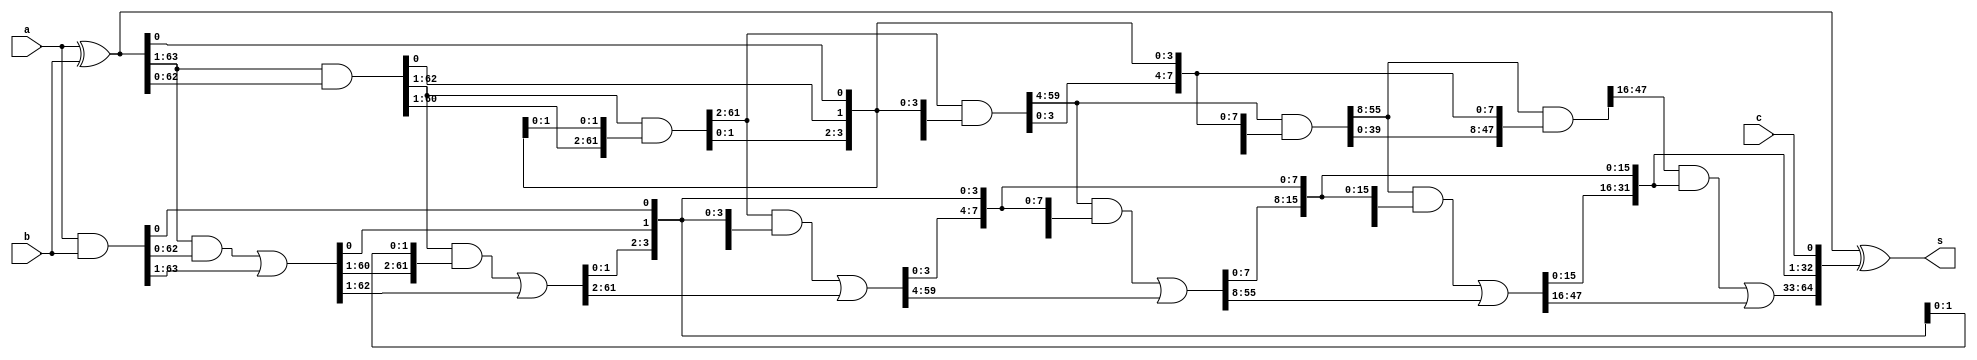

module KSA (s, a, b, c);
  // BITS specifies how many bits should be in the adder
  parameter BITS = 64;
  // LEVELS shows how many levels are there in the adder.
  // *IMPORTANT*:
  // !!!    LEVELS = floor(log2(BITS))   !!!
  parameter LEVELS = 6;

  // IO's
  input [BITS-1:0]  a;
  input [BITS-1:0]  b;
  input             c;      // Carry in => set to 0 at input

  output [BITS:0]   s;      // Sum output

  // PG wires:
  wire [BITS-1:0]   Plvl[LEVELS:0], Glvl[LEVELS:0];

  // level 0 - Create PG-generators (red):
  assign Plvl[0][BITS-1:0] = a^b;
  assign Glvl[0][BITS-1:0] = a&b;

  // level 1 - END:
  genvar lvl;
  generate
    for (lvl = 1; lvl <= LEVELS; lvl = lvl + 1) begin :gen_KSA
      // Create buffers (green)
      assign Plvl[lvl][2**(lvl-1)-1:0] = Plvl[lvl-1][2**(lvl-1)-1:0];
      assign Glvl[lvl][2**(lvl-1)-1:0] = Glvl[lvl-1][2**(lvl-1)-1:0];
      // Create PG calculators (yellow)
      assign Plvl[lvl][BITS-1:2**(lvl-1)] = Plvl[lvl-1][BITS-1:2**(lvl-1)] & Plvl[lvl-1][BITS-1 - 2**(lvl-1):0];
      assign Glvl[lvl][BITS-1:2**(lvl-1)] = (Plvl[lvl-1][BITS-1:2**(lvl-1)] & Glvl[lvl-1][BITS-1 - 2**(lvl-1):0]) | Glvl[lvl-1][BITS-1:2**(lvl-1)];
    end
  endgenerate
  // At this point all the carries are stored in the Glvl[LEVELS][BITS-1:0]

  // Calculate sum by shifting the carries left by 1 bit:
  assign s = {1'b0, Plvl[0]}^{Glvl[LEVELS], c};
endmodule


module KSA_pipe(s, a, b, c, clk);
	parameter BITS = 64;
	parameter LEVELS = 6;

	// IO's
	input [BITS-1:0]	a;
	input [BITS-1:0]	b;
	input				c;

	input clk;

	output [BITS:0]		s;

	// Wires:
	wire [BITS-1:0]		aIn;
	wire [BITS-1:0]		bIn;
	wire				cIn;

	wire [BITS:0]		sOut;



	// Input Buffers:
	REGS #(.BITS(BITS)) inputBUF_A (aIn, a, clk);
	REGS #(.BITS(BITS)) inputBUF_B (bIn, b, clk);
	REG 				inputBUF_C (cIn, c, clk);

	// Adder:
	KSA #(.BITS(BITS), .LEVELS(LEVELS))adder4 (sOut, aIn, bIn, cIn);

	// Output Buffers:
	REGS #(.BITS(BITS+1)) outputBUF_S (s, sOut, clk);

endmodule

module REGS (Q, D, clk);
	parameter BITS = 64;
	input [BITS-1:0]	D;
	input				clk;
	output [BITS-1:0]	Q;

	genvar i;
	generate
		for (i = 0; i < BITS; i = i + 1) begin : reg_gen
			REG RR (Q[i], D[i], clk);
		end

	endgenerate

endmodule

module REG (Q, D, clk);
	input		D;
	input 		clk;
	output reg 	Q;

	always @ (posedge clk) begin
		Q <= D;
	end

endmodule